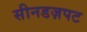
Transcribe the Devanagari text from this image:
सीनडज़पट